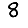
Digit: 8